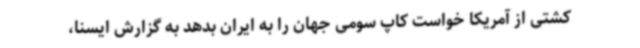
کشتی از آمریکا خواست کاپ سومی جهان را به ایران بدهد به گزارش ایسنا،